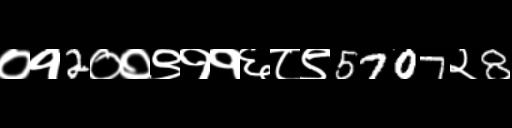
Text: ०१2००९११६८९5707२8